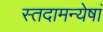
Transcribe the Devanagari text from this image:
स्तदामन्येषां